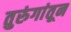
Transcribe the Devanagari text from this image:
तुरुंगांतून